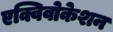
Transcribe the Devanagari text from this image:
एक्विवोकेशन